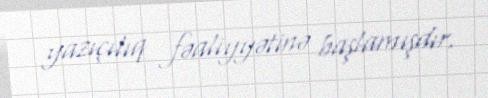
yazıçılıq fəaliyyətinə başlamışdır.